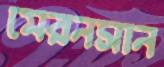
মেরনসান